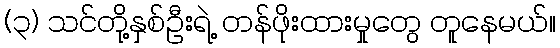
(၃) သင်တို့နှစ်ဦးရဲ့ တန်ဖိုးထားမှုတွေ တူနေမယ်။